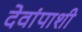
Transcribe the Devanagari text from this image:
देवांपाशी